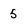
Character: 5